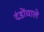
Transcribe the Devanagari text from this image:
दंडोंवाले